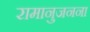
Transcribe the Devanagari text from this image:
रामानुजनना